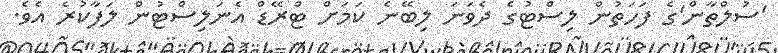
'ސުލްތާން'ގެ ފަހަތުން ލިސްޓުގެ ދެވަނަ ލިބޭނެ ކަމަށް ޓްރޭޑް އެނަލިސްޓުން ލަފާކުރެ އެވެ.